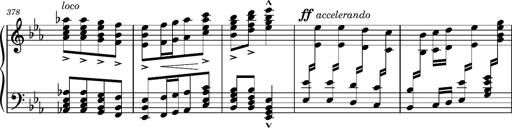
Title: Magyar rapszÃ³diÃ¡k
Composer: Franz Liszt